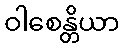
ဝါစေန္တိယာ